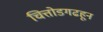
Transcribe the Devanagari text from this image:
चित्तोडगढहून